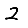
Digit: 2